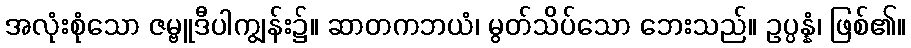
အလုံးစုံသော ဇမ္ဗူဒီပါကျွန်း၌။ ဆာတကဘယံ၊ မွတ်သိပ်သော ဘေးသည်။ ဥပ္ပန္နံ၊ ဖြစ်၏။